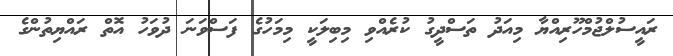
ރައީސުލްޖުމްހޫރިއްޔާ މިއަދު ތަސްދީގު ކުރެއްވި މިބިލަކީ މިމަހުގެ ފަސްވަނަ ދުވަހު އޮތް ރައްޔިތުންގެ